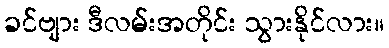
ခင်ဗျား ဒီလမ်းအတိုင်း သွားနိုင်လား။